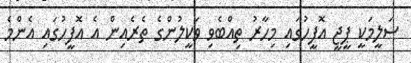
ސަލީމަކީ ޕީޖީ އޮފީހުގައި މިހާރު ތިއްބެވި ވަކީލުންގެ ތެރެއިން އެ އޮފީހުގައި އެންމެ